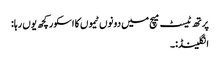
پرتھ ٹیسٹ میچ میں دونوں ٹیموں کا اسکور کچھ یوں رہا:
انگلینڈ:۔